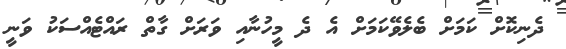
ދެނިކޮށް ކަމަށް ބެލެވޭކަމަށް އެ ދެ މީހުނާއި ވަރަށް ގާތް ރައްޓެއްސަކު ވަނީ